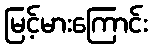
မြင့်မားကြောင်း